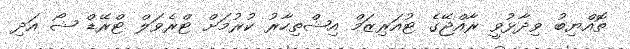
ތޮއްޔިބު ވިދާޅުވީ ރާއްޖޭގެ ޓުއަރިޒަމް އިޝްތިހާރު ކުރުމަށް ޓްރެވަލް ޓްރޭޑް ޝޯ އަދި